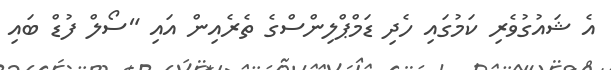
އެ ޝައުގުވެރި ކަމުގައި ހެދި ޑަމްޕްލިންސްގެ ތެރެއިން އައި "ސޯލް ފުޑް ބައި